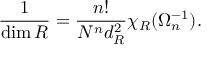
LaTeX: { \frac { 1 } { \dim R } } = { \frac { n ! } { N ^ { n } d _ { R } ^ { 2 } } } \chi _ { R } ( \Omega _ { n } ^ { - 1 } ) .